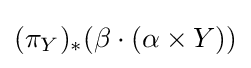
(\pi _{Y})_{*}(\beta \cdot (\alpha \times Y))